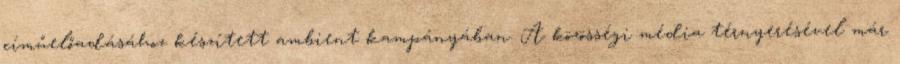
címűelőadásához készített ambient kampányában. A közösségi média térnyerésével már